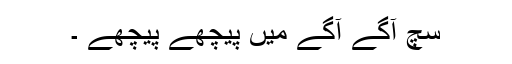
سچ آگے آگے میں پیچھے پیچھے ۔